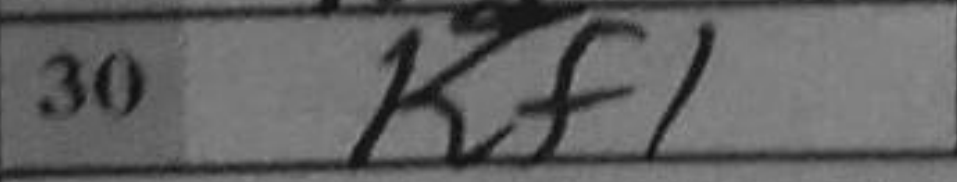
Transcription: Kf1